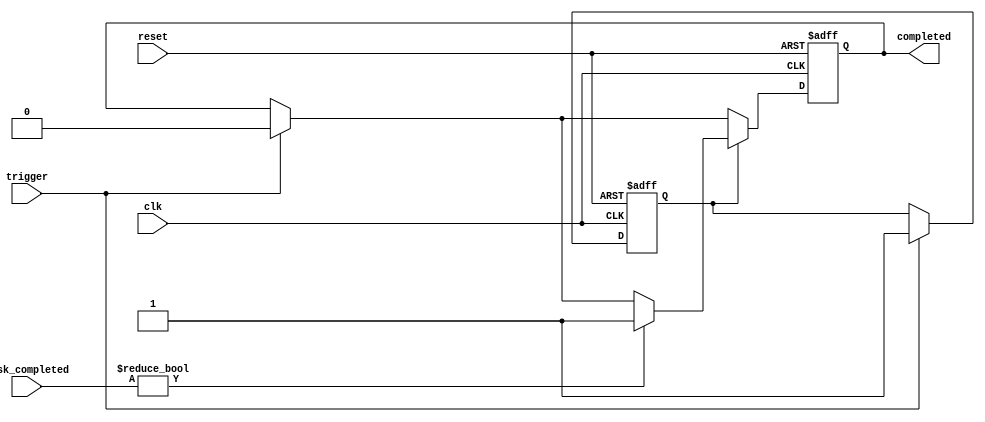
module ForkJoinAny #(
    parameter NUM_TASKS = 4  // Number of parallel tasks
)(
    input wire clk,           // Clock signal
    input wire reset,         // Reset signal
    input wire trigger,       // Trigger signal to start the fork operation
    input wire [NUM_TASKS-1:0] task_completed, // Task completion signals
    output reg completed      // Completion signal
);

// Internal states
reg [NUM_TASKS-1:0] task_status; // Status of each task (active/completed)
reg forked;                      // Indicates if the tasks have been forked

// Sequential logic for handling the fork and join behavior
always @(posedge clk or posedge reset) begin
    if (reset) begin
        completed <= 1'b0;          // Reset completion signal
        task_status <= {NUM_TASKS{1'b0}}; // Clear task status
        forked <= 1'b0;              // Reset forked status
    end else begin
        if (trigger) begin
            // Begin forking tasks
            task_status <= {NUM_TASKS{1'b1}}; // Mark all tasks as active
            completed <= 1'b0;                // Reset completion signal
            forked <= 1'b1;                   // Mark that tasks have been forked
        end
        
        // Check for task completions
        if (forked) begin
            // If any task is completed
            if (task_completed != {NUM_TASKS{1'b0}}) begin
                completed <= 1'b1;            // Set completion signal
                // Update task status based on completed tasks
                task_status = task_status & ~task_completed; // Clear completed tasks
            end
        end
    end
end

endmodule